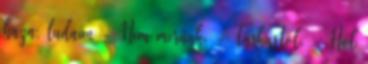
haza, ludaim - Nem merünk. - Farkastól. - Hol